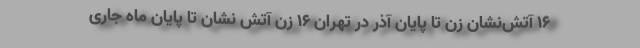
۱۶ آتش‌نشان زن تا پایان آذر در تهران ۱۶ زن آتش نشان تا پایان ماه جاری